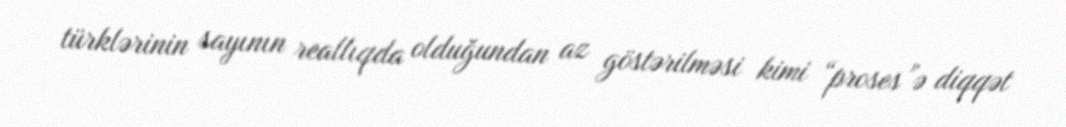
türklərinin sayının reallıqda olduğundan az göstərilməsi kimi “proses”ə diqqət